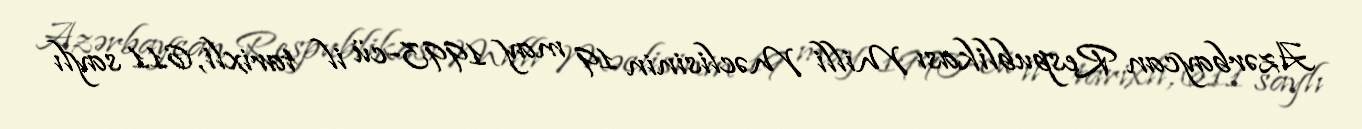
Azərbaycan Respublikası Milli Məclisinin 19 may 1993-cü il tarixli, 611 saylı